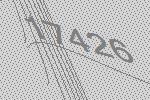
17426